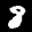
Digit: 8